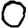
Digit: 0